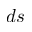
d s